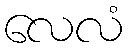
လေလံ